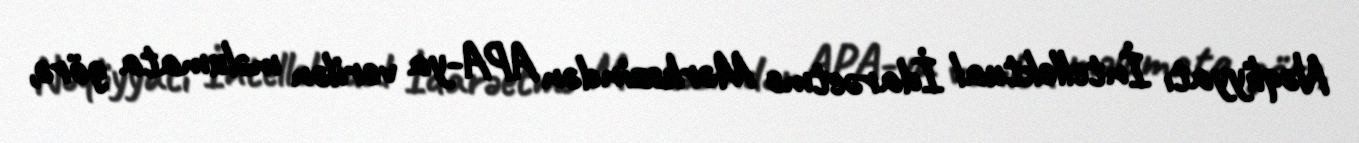
Nəqliyyatı İntellektual İdarəetmə Mərkəzindən APA-ya verilən məlumata görə,